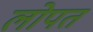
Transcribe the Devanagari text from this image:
लोपत